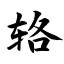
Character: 辂